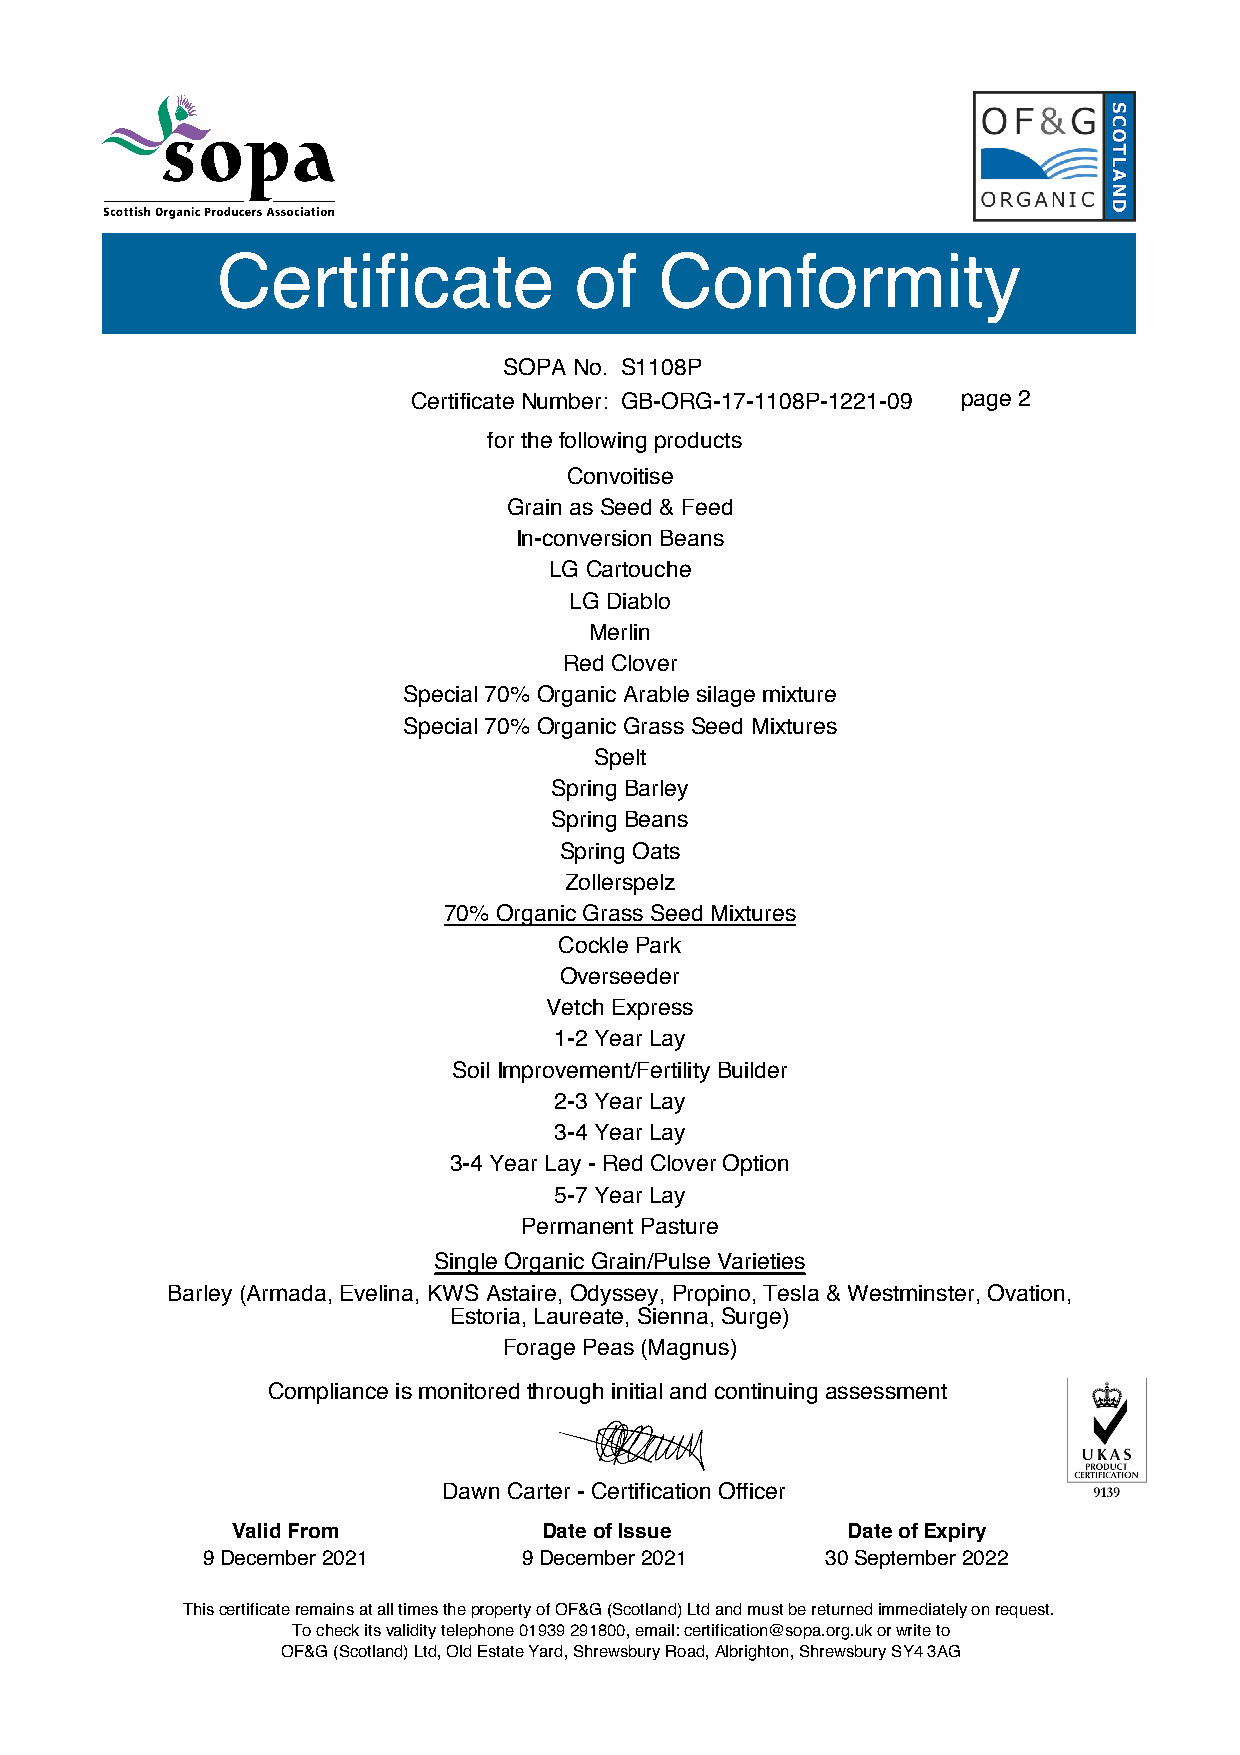
Certificate             of    Conformity
 SOPA No. S1108P
 Certificate Number: GB-ORG-17-1108P-1221-09 page 2
 for the following products
 Convoitise
 Grain as Seed & Feed
 In-conversion Beans
 LG Cartouche
 LG Diablo
 Merlin
 Red Clover
 Special 70% Organic Arable silage mixture
 Special 70% Organic Grass Seed Mixtures
 Spelt
 Spring Barley
 Spring Beans
 Spring Oats
 Zollerspelz
 70% Organic Grass Seed Mixtures
 Cockle Park
 Overseeder
 Vetch Express
 1-2 Year Lay
 Soil Improvement/Fertility Builder
 2-3 Year Lay
 3-4 Year Lay
 3-4 Year Lay - Red Clover Option
 5-7 Year Lay
 Permanent Pasture
 Single Organic Grain/Pulse Varieties
 Barley (Armada, Evelina, KWS Astaire, Odyssey, Propino, Tesla & Westminster, Ovation,
 Estoria, Laureate, Sienna, Surge)
 Forage Peas (Magnus)
 Compliance is monitored through initial and continuing assessment
 Dawn Carter - Certification Officer
 Valid From           Date of Issue       Date of Expiry
 9 December 2021       9 December 2021     30 September 2022
 This certificate remains at all times the property of OF&G (Scotland) Ltd and must be returned immediately on request.
 To check its validity telephone 01939 291800, email: certification@sopa.org.uk or write to
 OF&G (Scotland) Ltd, Old Estate Yard, Shrewsbury Road, Albrighton, Shrewsbury SY4 3AG